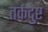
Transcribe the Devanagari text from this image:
तर्कदुष्ट